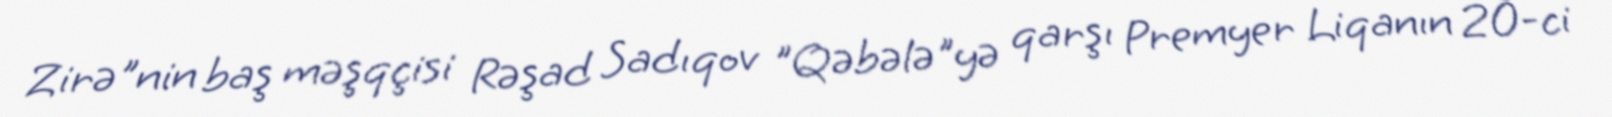
Zirə"nin baş məşqçisi Rəşad Sadıqov "Qəbələ"yə qarşı Premyer Liqanın 20-ci